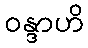
ဝန္ဒာဟိ